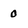
Character: 0